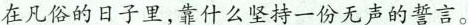
在凡俗的日子里,靠什么坚持一份无声的誓言。